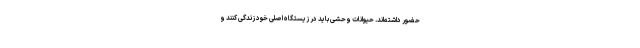
حضور داشته‌اند. حیوانات وحشی باید در زیستگاه اصلی خود زندگی کنند و